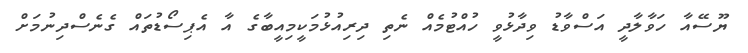
ޔޫސޭއާ ހަވާލާދީ އަސްވާޑު ވިދާޅުވީ ހުއްޓުމެއް ނެތި ދިރިއުޅުމަކީމިއީބާގެ އާ އެޕިސޯޑުތައް ގެނެސްދިނުމަށް